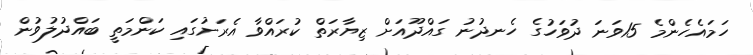
ހަމައެހެންމެ 15ވަނަ ދުވަހުގެ ހެނދުނު ގައްދޫއަށް ޒިޔާރަތް ކުރައްވާ އެރަށުގައި ކަންމަތީ ބައްދުލުވުން